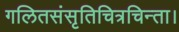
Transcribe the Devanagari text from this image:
गलितसंसृतिचित्रचिन्ता।